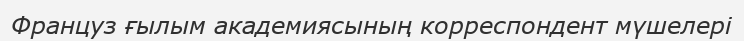
Француз ғылым академиясының корреспондент мүшелері